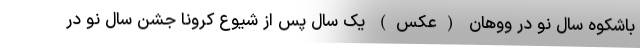
باشکوه سال نو در ووهان (عکس) یک سال پس از شیوع کرونا جشن سال نو در